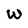
Character: W